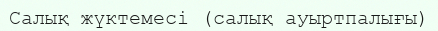
Салық жүктемесі (салық ауыртпалығы)